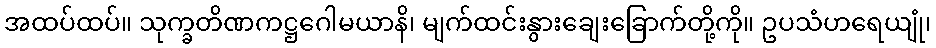
အထပ်ထပ်။ သုက္ခတိဏကဋ္ဌဂေါမယာနိ၊ မျက်ထင်းနွားချေးခြောက်တို့ကို။ ဥပသံဟရေယျုံ၊